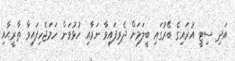
އަދި ސިޓީ އުރައިގެ ބޭރުގައި ބީލަމަށް ދެވިފައިވާ ނަމާއި ހުޅުވަން ހަމަޖެހިފައިވާ ތާރީޙާއި